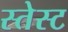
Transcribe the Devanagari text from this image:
स्तेस्ट